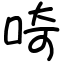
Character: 𠵇